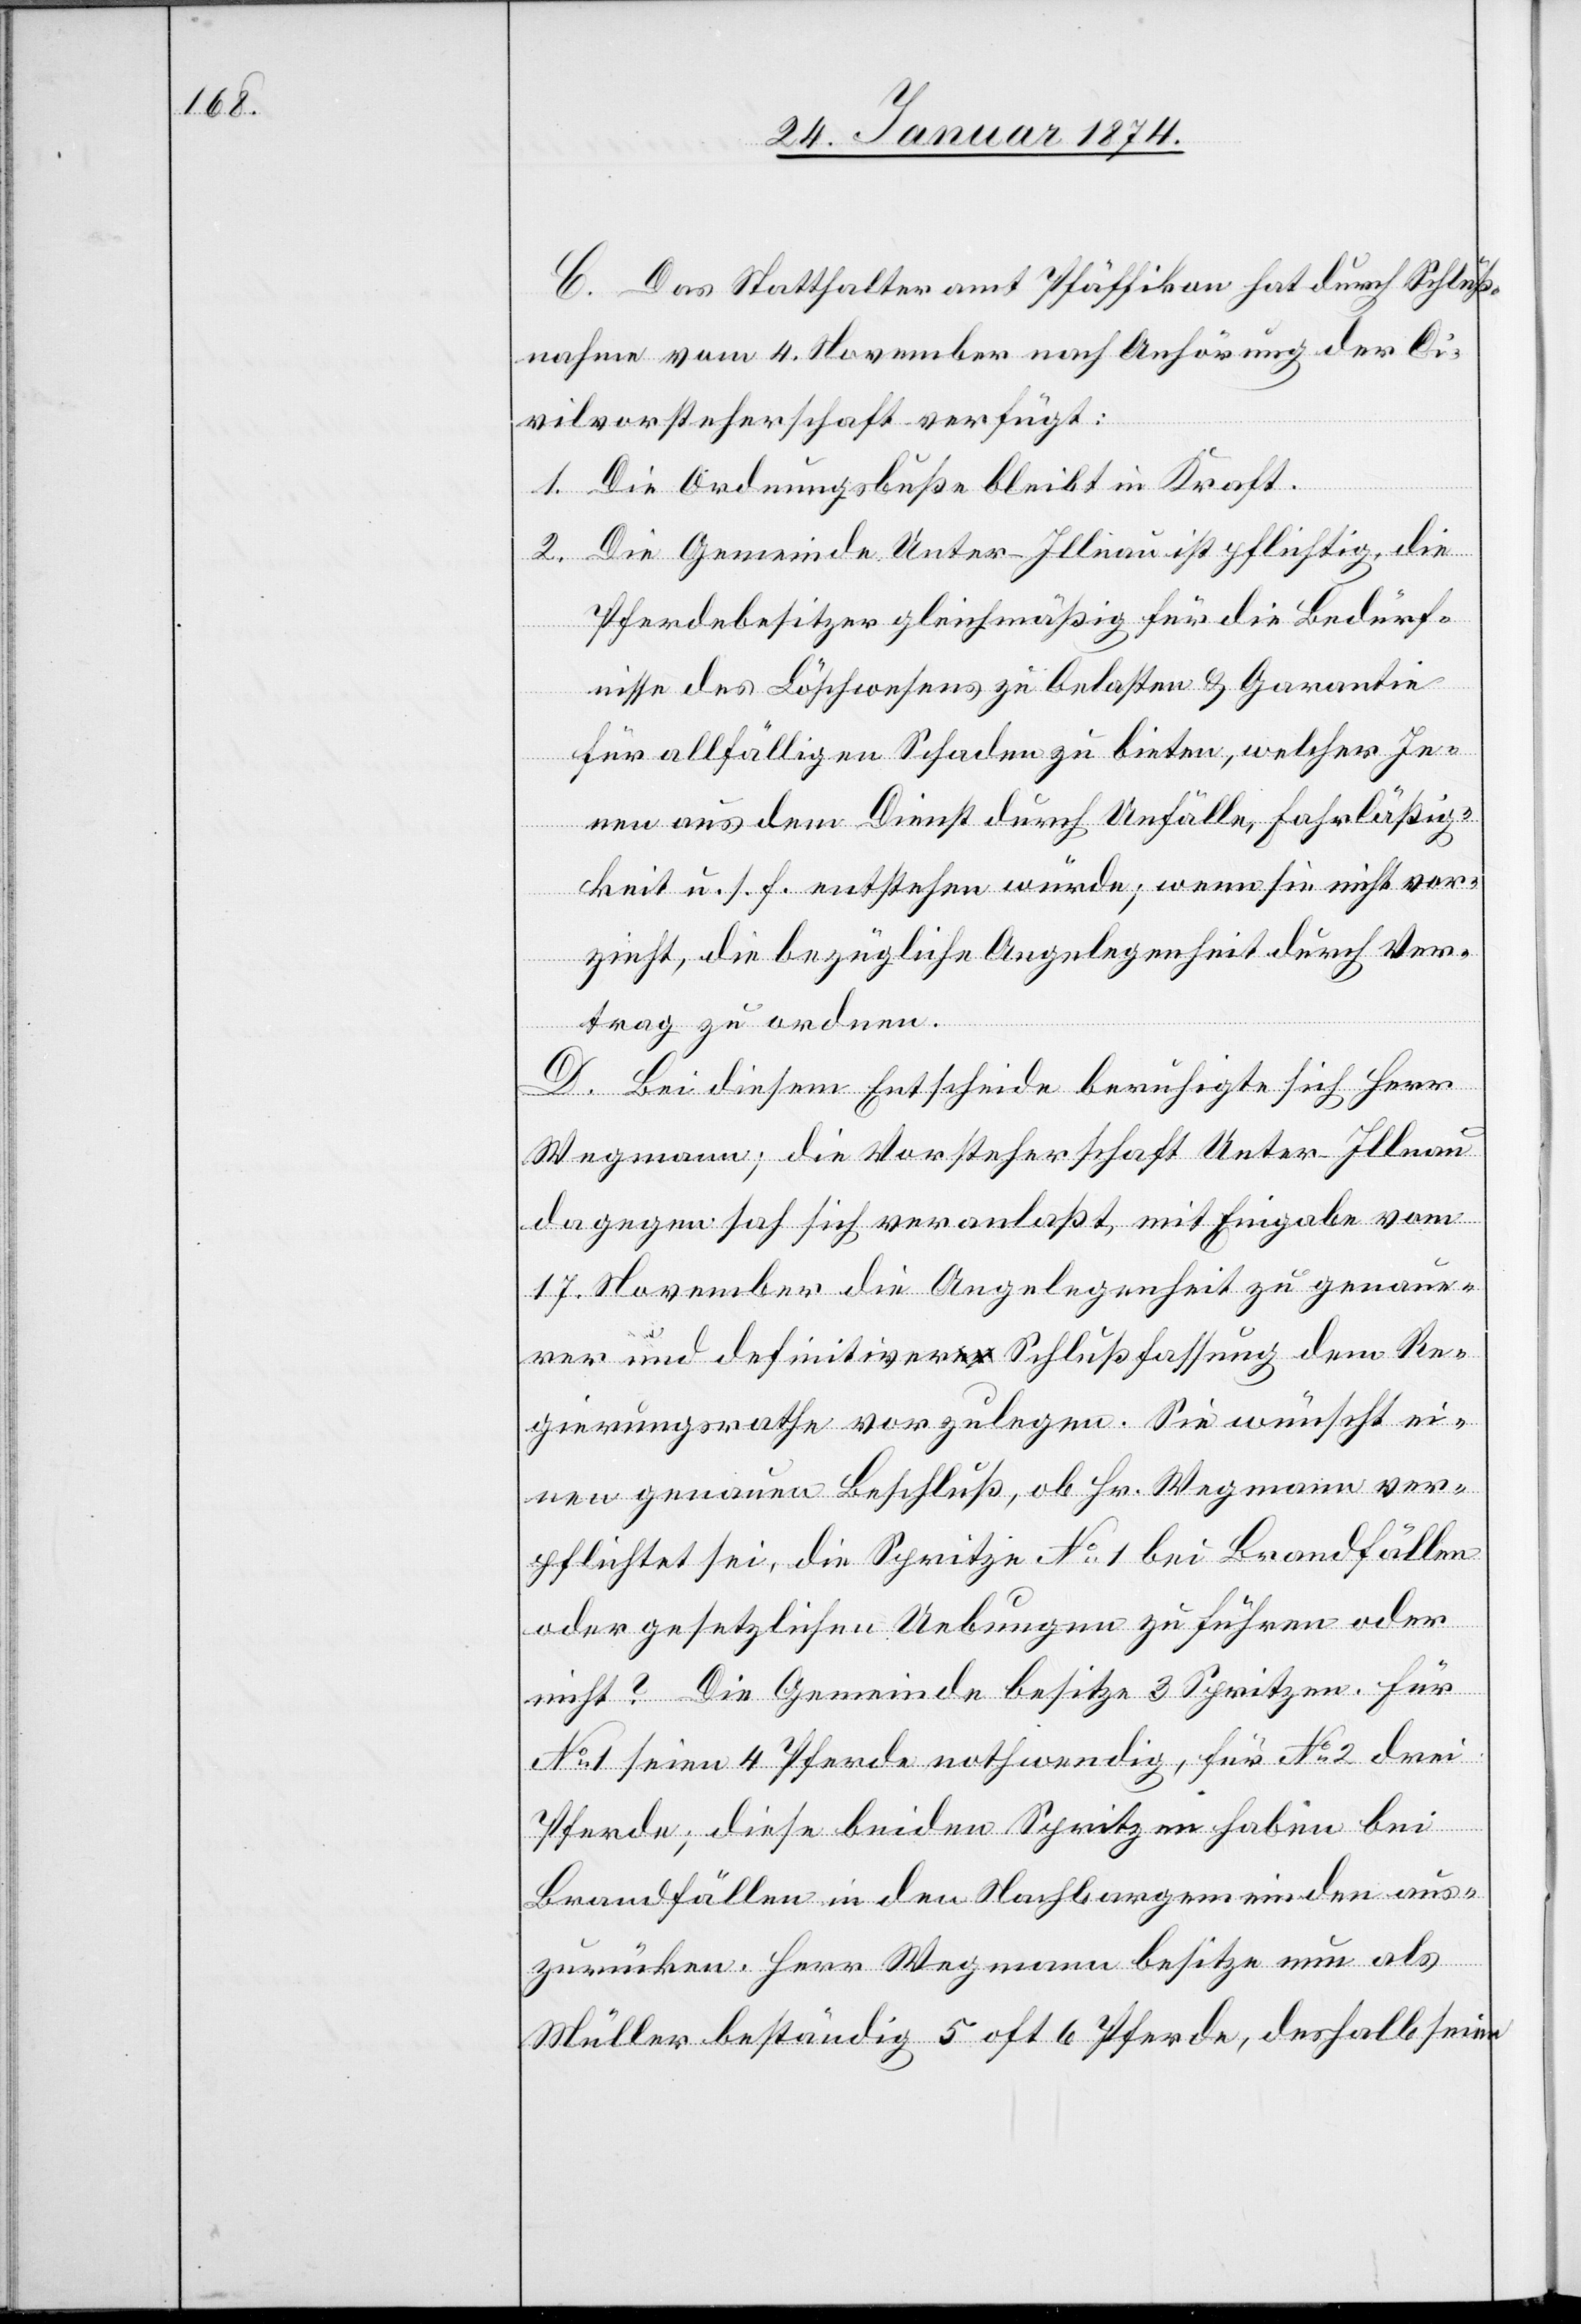
C. Das Statthalteramt Pfäffikon hat durch Schluß¬
nahme vom 4. November nach Anhörung der Ci¬
vilvorsteherschaft verfügt:
1. Die Ordnungsbuße bleibt in Kraft.
2. Die Gemeinde Unter-Illnau ist pflichtig, die
Pferdebesitzer gleichmäßig für die Bedürf¬
nisse des Löschwesens zu belasten & Garantie
für allfälligen Schaden zu bieten, welcher Je¬
nen aus dem Dienst durch Unfälle, Fahrläßig¬
keit u. s. f. entstehen würde; wenn sie nicht vor¬
zieht, die bezügliche Angelegenheit durch Ver¬
trag zu ordnen.
D. Bei diesem Entscheide beruhigte sich Herr
Wegmann, die Vorsteherschaft Unter-Illnau
dagegen sah sich veranlaßt, mit Eingabe vom
17. November die Angelegenheit zu genau¬
er und definitiver Schlußfassung dem Re¬
gierungsrathe vorzulegen. Sie wünscht ei¬
nen genauen Beschluß, ob Hr. Wegmann ver¬
pflichtet sei, die Spritze No 1 bei Brandfällen
oder gesetzlichen Uebungen zu führen oder
nicht? Die Gemeinde besitze 3 Spritzen. Für
No 1 seien 4 Pferde nothwendig, für No 2 drei
Pferde; diese beiden Spritzen haben bei
Brandfällen in den Nachbargemeinden aus¬
zurücken. Herr Wegmann besitze nun als
Müller beständig 5 oft 6 Pferde, deshalb seien